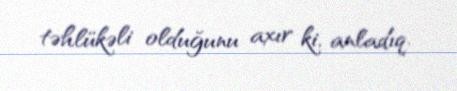
təhlükəli olduğunu axır ki, anladıq.